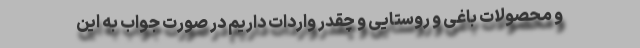
و محصولات باغی و روستایی و چقدر واردات داریم در صورت جواب به این